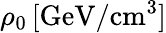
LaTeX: \rho_{0}\, [\mathrm{GeV}/\mathrm{cm}^{3}]